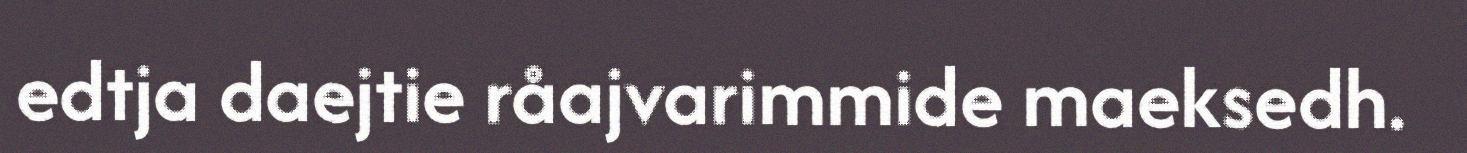
edtja daejtie råajvarimmide maeksedh.